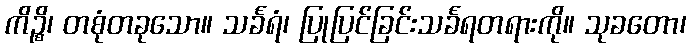
ကိဉ္စိ၊ တစုံတခုသော။ သင်္ခရံ၊ ပြုပြင်ခြင်းသင်္ခရတရားကို။ သုခတော၊